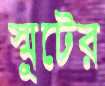
স্মুটের